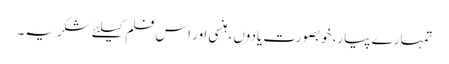
تمہارے پیار، خوبصورت یادوں، ہنسی اور اس فلم کیلئے شکریہ۔